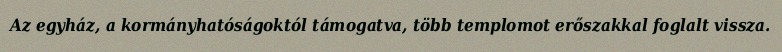
Az egyház, a kormányhatóságoktól támogatva, több templomot erőszakkal foglalt vissza.